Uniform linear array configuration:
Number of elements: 32
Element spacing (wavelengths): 0.75
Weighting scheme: cosine
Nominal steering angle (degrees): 0
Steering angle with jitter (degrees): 1.16
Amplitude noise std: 0.05
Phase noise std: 0.05

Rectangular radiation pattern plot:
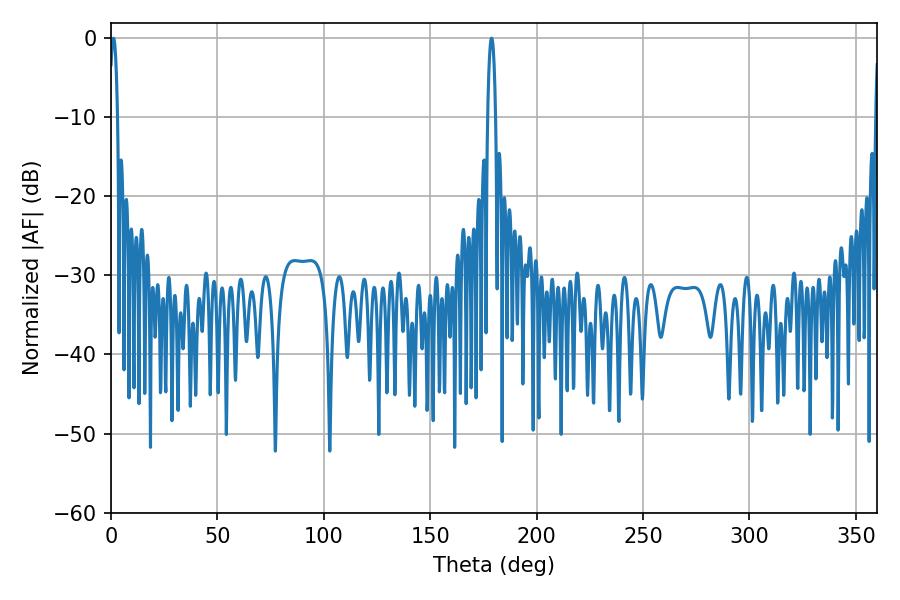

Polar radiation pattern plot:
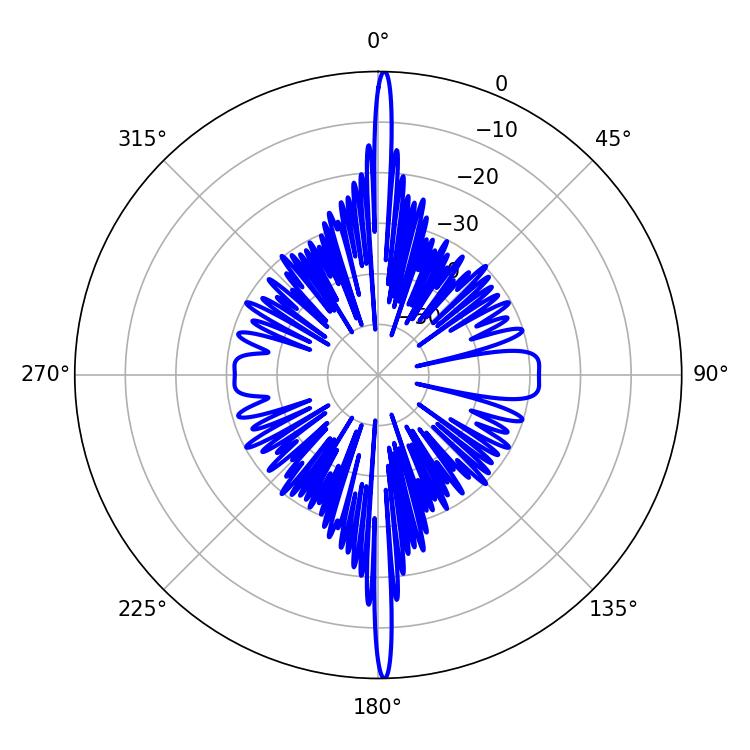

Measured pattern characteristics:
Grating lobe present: TRUE
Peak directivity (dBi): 30.133
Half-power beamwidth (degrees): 1.98
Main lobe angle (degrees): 1.08